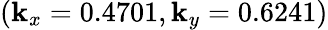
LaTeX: (\mathbf{k}_{x}=0.4701,\mathbf{k}_{y}=0.6241)